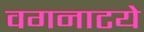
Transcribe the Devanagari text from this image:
वगनाटये